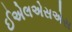
ઈએલએસએસ